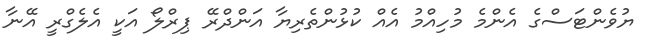
ޔުވެންޓަސްގެ އެންމެ މުހިއްމު އެއް ކުޅުންތެރިޔާ އަންދްރޭ ޕިރްލޯ އަކީ އެލެގްރީ އޭނާ